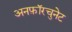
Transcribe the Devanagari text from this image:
अनफ़ॉरचुनेट